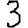
Digit: 3